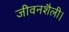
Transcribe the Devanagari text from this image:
जीवनशैली।